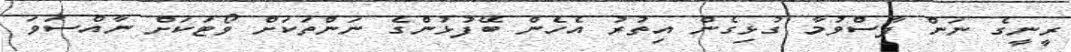
ރީނީގެ ނަން ފާސްވުމާ ގުޅިގެން އިތުރު އެހެން ބޭފުޅުންގެ ނަންތަކަށް ވޯޓަކަށް ނާއްސަވަ